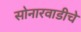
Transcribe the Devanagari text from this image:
सोनारवाडीचे